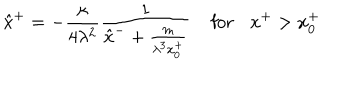
LaTeX: \hat { x } ^ { + } = - \frac { \kappa } { 4 \lambda ^ { 2 } } \frac { 1 } { \hat { x } ^ { - } + \frac { m } { \lambda ^ { 3 } x _ { 0 } ^ { + } } } \: \: \: \: \: \mathrm { f o r } \: \: \: \: x ^ { + } > x _ { 0 } ^ { + }